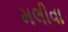
મલીવા